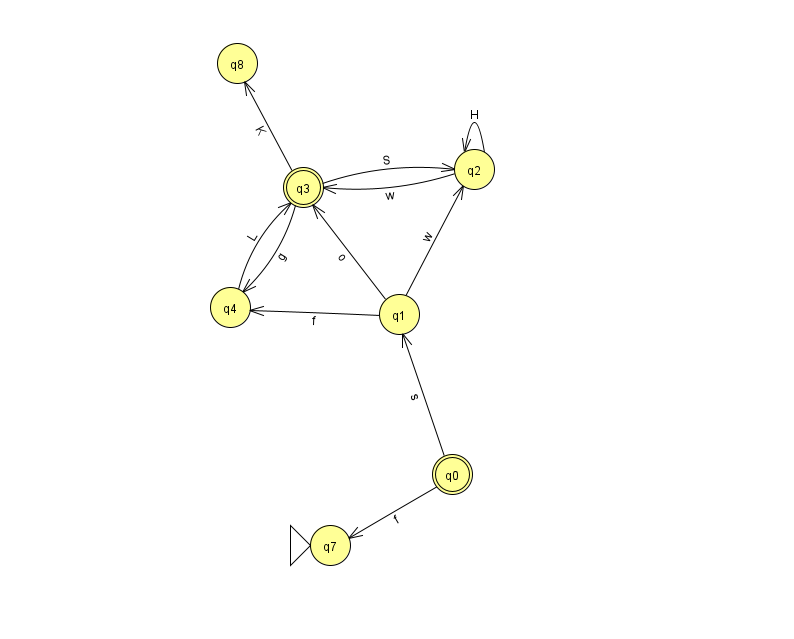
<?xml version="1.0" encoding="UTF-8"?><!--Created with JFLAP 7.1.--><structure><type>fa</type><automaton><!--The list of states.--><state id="0" name="q0"><x>452.0</x><y>461.0</y><final/></state><state id="1" name="q1"><x>399.0</x><y>301.0</y></state><state id="2" name="q2"><x>474.0</x><y>156.0</y></state><state id="3" name="q3"><x>303.0</x><y>174.0</y><final/></state><state id="4" name="q4"><x>230.0</x><y>294.0</y></state><state id="7" name="q7"><x>330.0</x><y>532.0</y><initial/></state><state id="8" name="q8"><x>237.0</x><y>50.0</y></state><!--The list of transitions.--><transition><from>3</from><to>4</to><read>g</read></transition><transition><from>2</from><to>3</to><read>w</read></transition><transition><from>1</from><to>3</to><read>o</read></transition><transition><from>3</from><to>2</to><read>S</read></transition><transition><from>0</from><to>1</to><read>s</read></transition><transition><from>2</from><to>2</to><read>H</read></transition><transition><from>3</from><to>8</to><read>K</read></transition><transition><from>1</from><to>4</to><read>f</read></transition><transition><from>1</from><to>2</to><read>w</read></transition><transition><from>4</from><to>3</to><read>L</read></transition><transition><from>0</from><to>7</to><read>f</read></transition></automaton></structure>